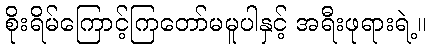
စိုးရိမ်ကြောင့်ကြတော်မမူပါနှင့် အရီးဖုရားရဲ့။